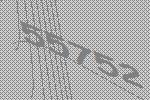
55752